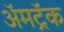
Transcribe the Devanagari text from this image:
ॲमट्रॅक